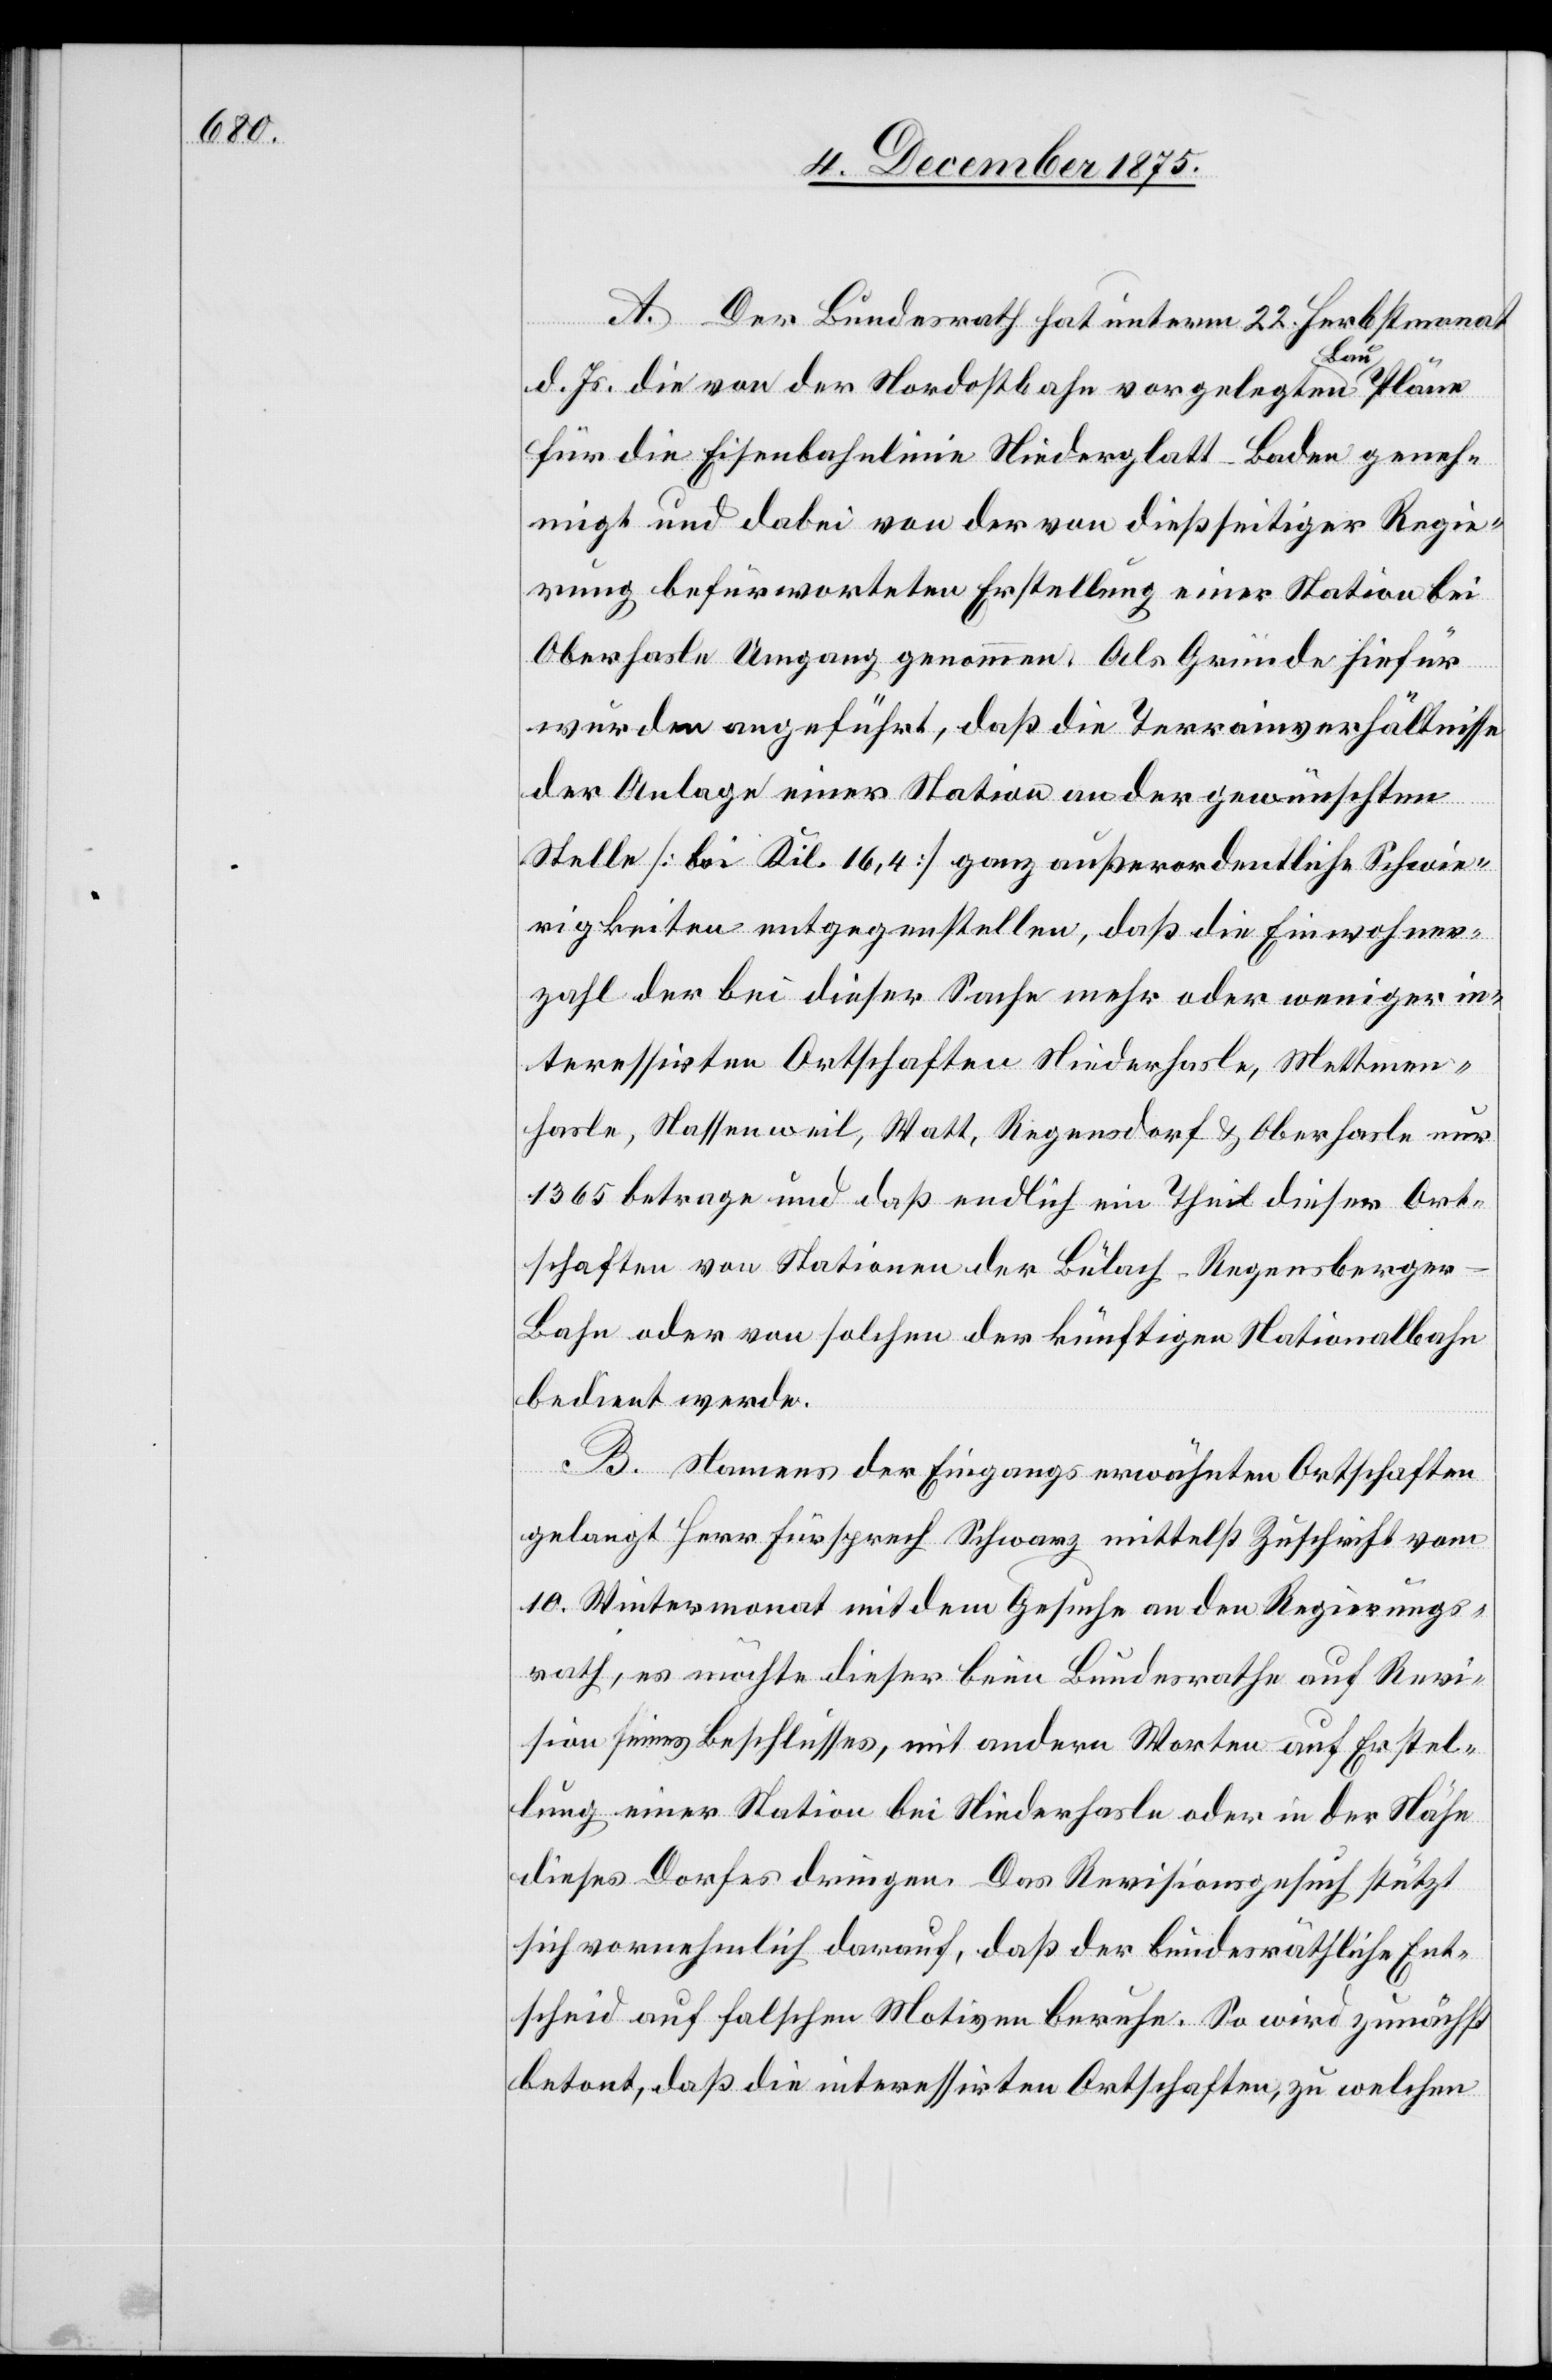
A. Der Bundesrath hat unterm 22. Herbstmonat
d. Js. die von der Nordostbahn vorgelegten Baupläne
für die Eisenbahnlinie Niederglatt–Baden geneh¬
migt und dabei von der von dießseitiger Regie¬
rung befürworteten Erstellung einer Station bei
Oberhasle Umgang genommen. Als Gründe hiefür
wurden angeführt, daß die Terrainverhältnisse
der Anlage einer Station an der gewünschten
Stelle [bei Kil. 16,4] ganz außerordentliche Schwie¬
rigkeiten entgegenstellen, daß die Einwohner¬
zahl der bei dieser Sache mehr oder weniger in¬
teressirten Ortschaften Niederhasle, Mettmen¬
hasle, Nassenweil, Watt, Regensdorf & Oberhasle nur
1365 betrage und daß endlich ein Theil dieser Ort¬
schaften von Stationen der Bülach–Regensberge¬
r-Bahn oder von solchen der künftigen Nationalbahn
bedient werde.
B. Namens der Eingangs erwähnten Ortschaften
gelangt Herr Fürsprech Schwarz mittelst Zuschrift vom
10. Wintermonat mit dem Gesuche an den Regierungs¬
rath, es möchte dieser beim Bundesrathe auf Revi¬
sion seines Beschlusses, mit andern Worten auf Erstel¬
lung einer Station bei Niederhasle oder in der Nähe
dieses Dorfes dringen. Das Revisionsgesuch stützt
sich vornehmlich darauf, daß der bundesräthliche Ent¬
scheid auf falschen Motiven beruhe. So wird zunächst
betont, daß die interessirten Ortschaften, zu welchen